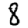
Digit: 8